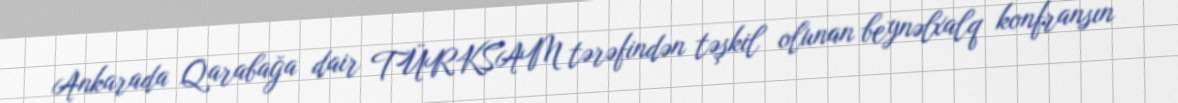
Ankarada Qarabağa dair TÜRKSAM tərəfindən təşkil olunan beynəlxalq konfransın